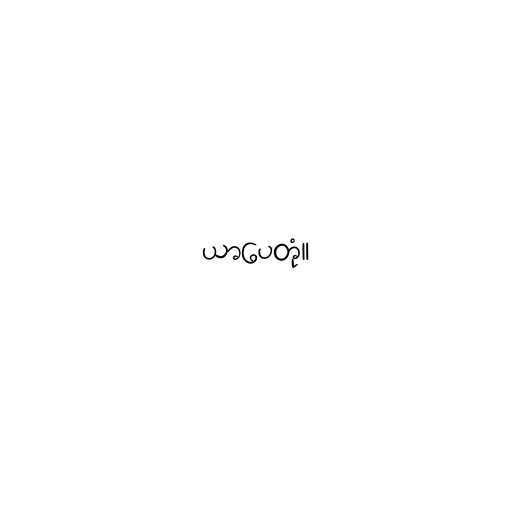
ယာပေတုံ။